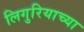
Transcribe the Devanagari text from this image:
लिगुरियाच्या